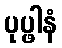
ပုပ္ဖါနံ